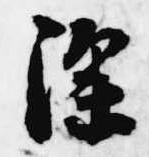
深